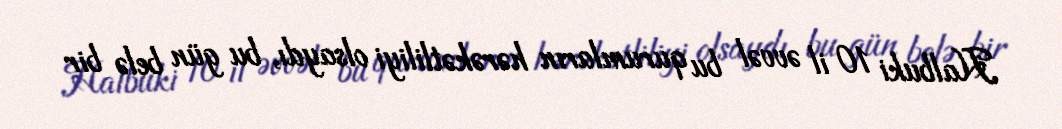
Halbuki 10 il əvvəl bu qurumların hərəkətliliyi olsaydı, bu gün belə bir